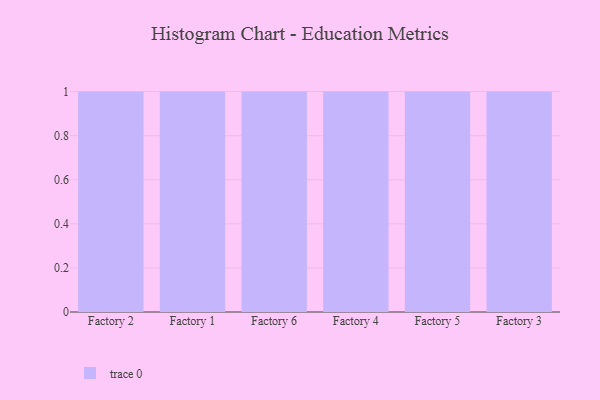
{"axis": {"x": "Factory", "y": "Production Output"}, "legend": [""], "data": [{"x": "Factory 2", "y": 58, "type": ""}, {"x": "Factory 1", "y": 52, "type": ""}, {"x": "Factory 6", "y": 12, "type": ""}, {"x": "Factory 4", "y": 9, "type": ""}, {"x": "Factory 5", "y": 52, "type": ""}, {"x": "Factory 3", "y": 90, "type": ""}]}